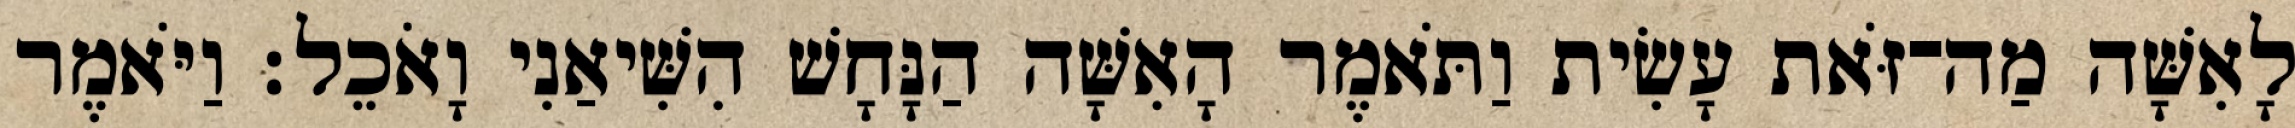
לָאִשָּׁה מַה־זֹּאת עָשִׂית וַתֹּאמֶר הָאִשָּׁה הַנָּחָשׁ הִשִּׁיאַנִי וָאֹכֵל׃ וַיֹּאמֶר